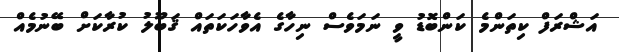
އަޝްރަފް ކިތަންމެ ކަންބޮޑު ވީ ނަމަވެސް ނިހާގެ އެވާހަކަތައް ޤަބޫލު ކުރާކަށް ބޭނުމެއް